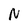
Character: N